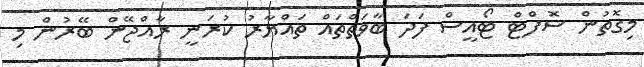
މިގޮތުން ސޮފްޓް ޓޯއީސް ފަދަ ބާވަތްތައް ތައްޔާރު ކުރަނީ ރާއްޖޭން ބޭރުން މި